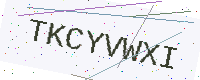
Text: TKCYVWXI